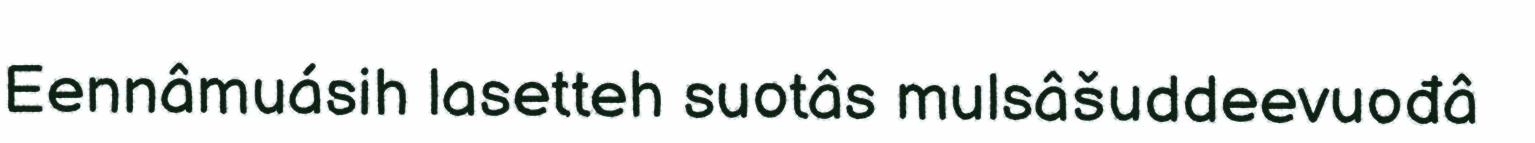
Eennâmuásih lasetteh suotâs mulsâšuddeevuođâ